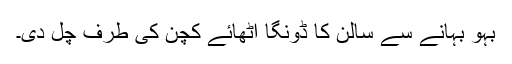
بہو بہانے سے سالن کا ڈونگا اٹھائے کچن کی طرف چل دی۔